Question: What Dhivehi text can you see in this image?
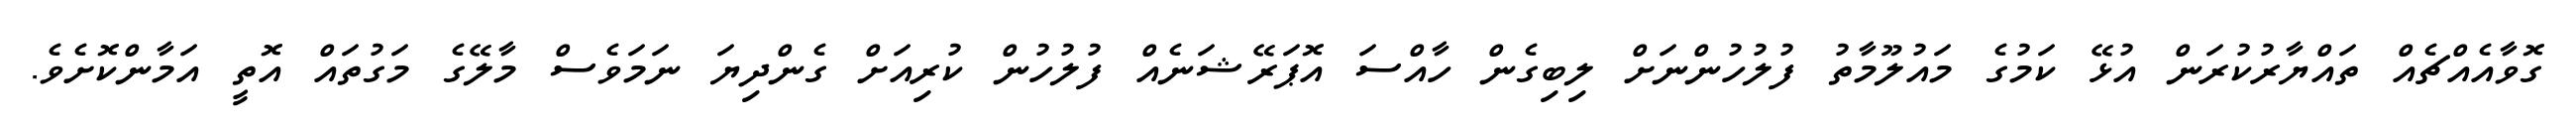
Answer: ގޮވާއެއްޗެއް ތައްޔާރުކުރަން އުޅޭ ކަމުގެ މައުލޫމާތު ފުލުހުންނަށް ލިބިގެން ހާއްސަ އޮޕަރޭޝަނެއް ފުލުހުން ކުރިއަށް ގެންދިޔަ ނަމަވެސް މާލޭގެ މަގުތައް އޮތީ އަމާންކޮށެވެ.